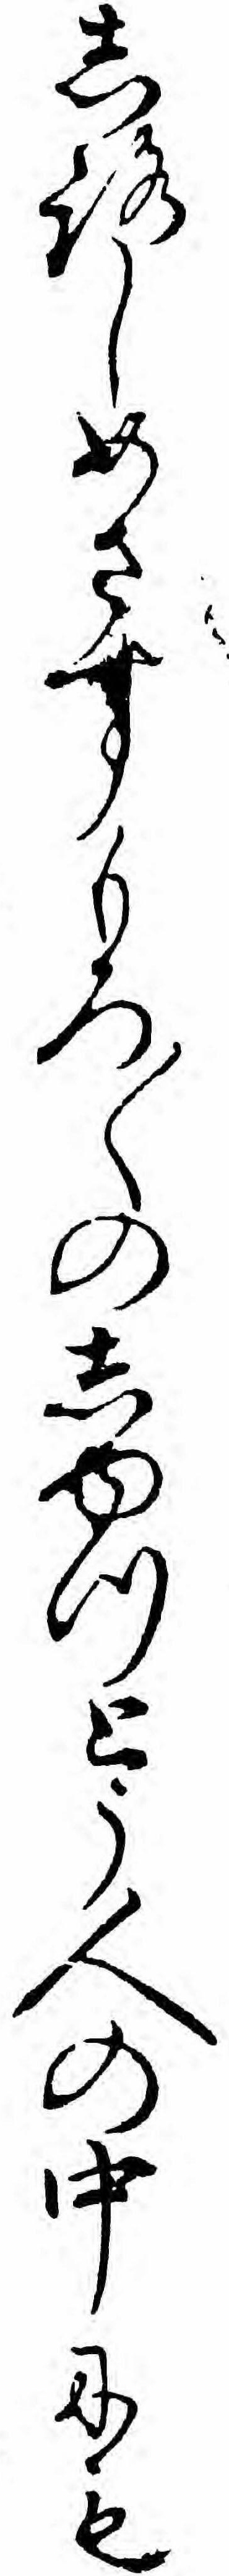
しろしめさすもろ〱のしゆつとう人の中にも